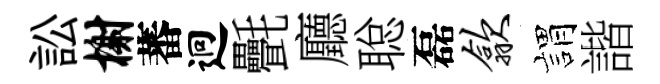
訟榭蕃迥㲲廳聪磊歙娟諧